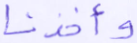
وأخذنا